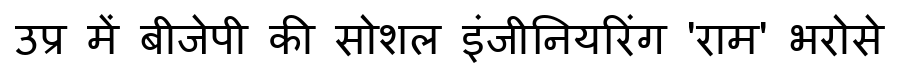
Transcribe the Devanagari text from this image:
उप्र में बीजेपी की सोशल इंजीनियरिंग 'राम' भरोसे